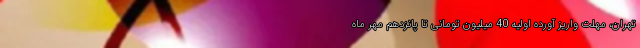
تهران، مهلت واریز آورده اولیه 40 میلیون تومانی تا پانزدهم مهر ماه